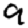
Digit: 9